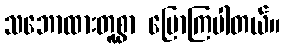
သဘောထားတူစွာ ပြောကြပါတယ်။